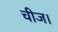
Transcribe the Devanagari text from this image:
चीज।